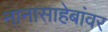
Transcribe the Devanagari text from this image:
नानासाहेबांवर